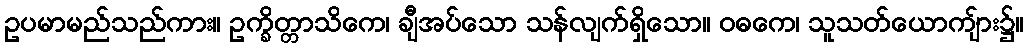
ဥပမာမည်သည်ကား။ ဥက္ခိတ္တာသိကေ၊ ချီအပ်သော သန်လျက်ရှိသော။ ဝဓကေ၊ သူသတ်ယောကျ်ား၌။